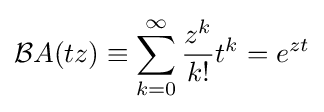
{\mathcal {B}}A(tz)\equiv \sum _{k=0}^{\infty }{\frac {z^{k}}{k!}}t^{k}=e^{zt}